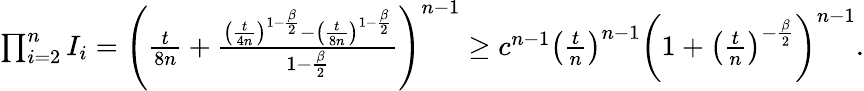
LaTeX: \begin{array}{r}{\prod_{i=2}^{n}I_{i}=\left(\frac{t}{8n}+\frac{\left(\frac{t}{4n}\right)^{1-\frac\beta 2}-\left(\frac{t}{8n}\right)^{1-\frac\beta 2}}{1-\frac\beta 2}\right)^{n-1}\ge c^{n-1}\left(\frac{t}{n}\right)^{n-1}\left(1+\left(\frac{t}{n}\right)^{-\frac\beta 2}\right)^{n-1}.}\end{array}